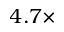
4 . 7 \times